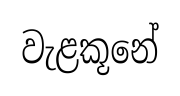
වැළකූනේ